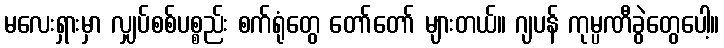
မလေးရှားမှာ လျှပ်စစ်ပစ္စည်း စက်ရုံတွေ တော်တော် များတယ်။ ဂျပန် ကုမ္ပဏီခွဲတွေပေါ့။